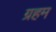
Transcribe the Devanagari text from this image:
ग्रहम